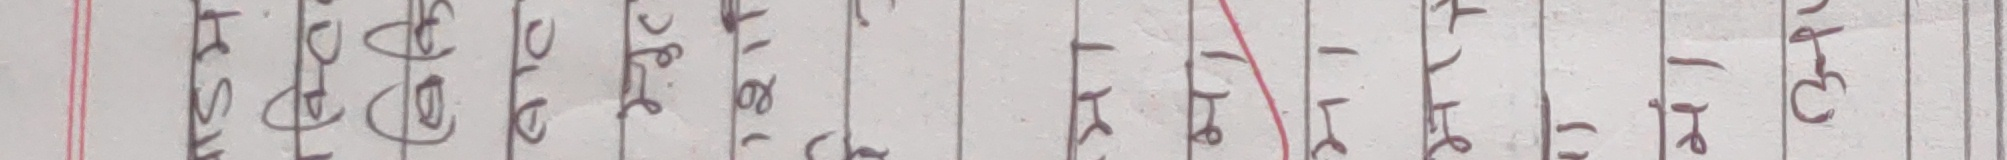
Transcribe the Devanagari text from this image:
हिसाब हरन